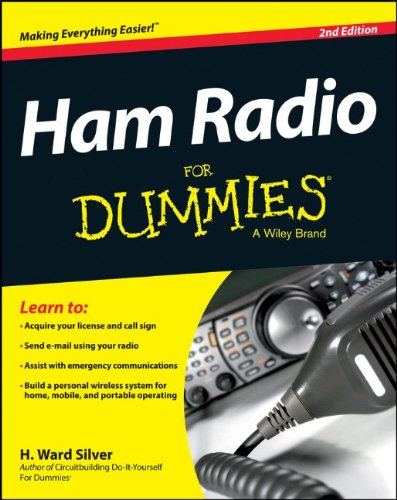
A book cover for Ham Radio For Dummies; H. Ward Silver; Engineering & Transportation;